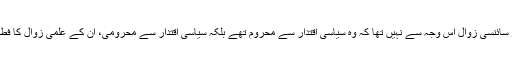
ان کا علمی اور سائنسی زوال اس وجہ سے نہیں تھا کہ وہ سیاسی اقتدار سے محروم تھے بلکہ سیاسی اقتدار سے محرومی، ان کے علمی زوال کا فطری نتیجہ تھی۔